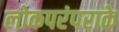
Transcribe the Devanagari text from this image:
लोकपरंपराके